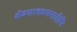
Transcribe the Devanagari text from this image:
शैवशाक्तागमादीनि